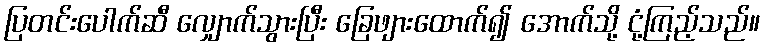
ပြတင်းပေါက်ဆီ လျှောက်သွားပြီး ခြေဖျားထောက်၍ အောက်သို့ ငုံ့ကြည့်သည်။